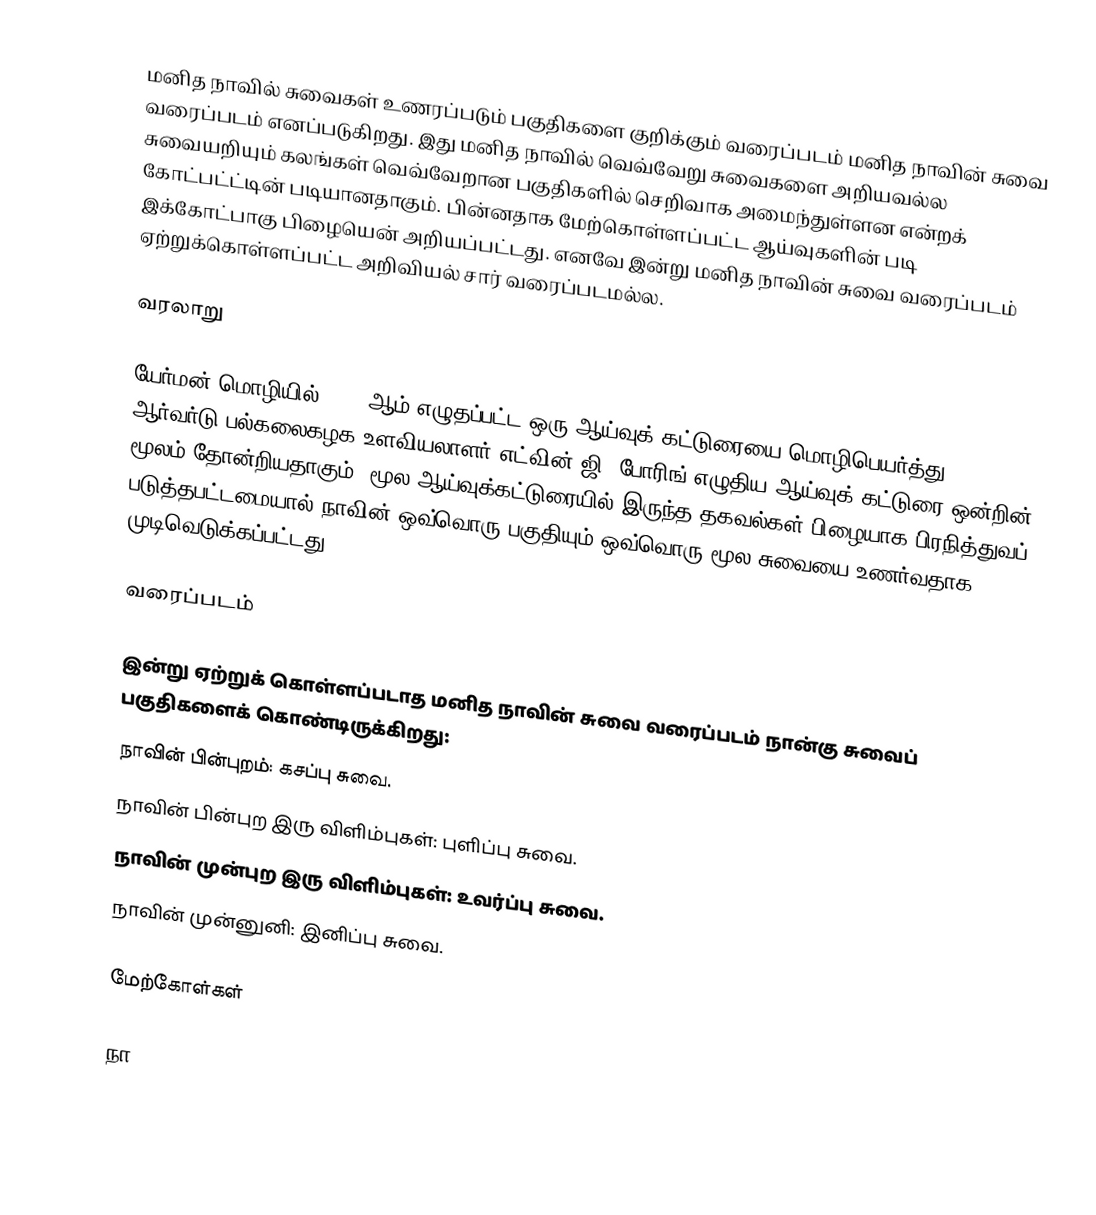
மனித நாவில் சுவைகள் உணரப்படும் பகுதிகளை குறிக்கும் வரைப்படம் மனித நாவின் சுவை வரைப்படம் எனப்படுகிறது. இது மனித நாவில் வெவ்வேறு சுவைகளை அறியவல்ல சுவையறியும் கலங்கள் வெவ்வேறான பகுதிகளில் செறிவாக அமைந்துள்ளன என்றக் கோட்பட்ட்டின் படியானதாகும். பின்னதாக மேற்கொள்ளப்பட்ட ஆய்வுகளின் படி இக்கோட்பாகு பிழையென் அறியப்பட்டது. எனவே இன்று மனித நாவின் சுவை வரைப்படம் ஏற்றுக்கொள்ளப்பட்ட அறிவியல் சார் வரைப்படமல்ல.

வரலாறு

யேர்மன் மொழியில் 1901 ஆம் எழுதப்பட்ட ஒரு ஆய்வுக் கட்டுரையை மொழிபெயர்த்து  ஆர்வர்டு பல்கலைகழக உளவியலாளர் எட்வின் ஜி. போரிங் எழுதிய ஆய்வுக் கட்டுரை ஒன்றின் மூலம் தோன்றியதாகும்.  மூல ஆய்வுக்கட்டுரையில் இருந்த தகவல்கள் பிழையாக பிரநித்துவப் படுத்தபட்டமையால் நாவின் ஒவ்வொரு பகுதியும் ஒவ்வொரு மூல சுவையை உணர்வதாக முடிவெடுக்கப்பட்டது.

வரைப்படம்

இன்று ஏற்றுக் கொள்ளப்படாத மனித நாவின் சுவை வரைப்படம் நான்கு சுவைப் பகுதிகளைக் கொண்டிருக்கிறது:
 நாவின் பின்புறம்: கசப்பு சுவை.
 நாவின் பின்புற இரு விளிம்புகள்: புளிப்பு சுவை.
 நாவின் முன்புற இரு விளிம்புகள்: உவர்ப்பு சுவை.
 நாவின் முன்னுனி: இனிப்பு சுவை.

மேற்கோள்கள்

நா